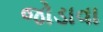
જોડાવા